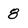
Character: 8